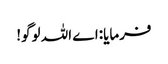
فرمایا:اے اللہ لوگو!